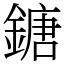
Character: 鎕